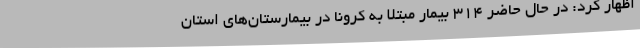
اظهار کرد: در حال حاضر 314 بیمار مبتلا به کرونا در بیمارستان‌های استان